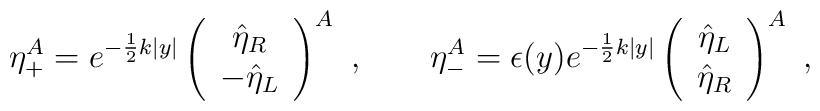
\eta_+^A=e^{-\frac{1}{2}k|y|}\left(\begin{array}{c}\hat{\eta}_R\\-\hat{\eta}_L\end{array}\right)^A\ ,\qquad \eta_-^A=\epsilon(y)e^{-\frac{1}{2}k|y|}\left(\begin{array}{c}\hat{\eta}_L\\\hat{\eta}_R\end{array}\right)^A\ ,